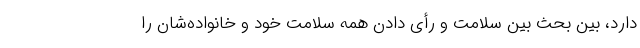
دارد، بین بحث بین سلامت و رأی دادن همه سلامت خود و خانواده‌شان را